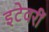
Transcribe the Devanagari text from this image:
इटेवरीं